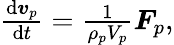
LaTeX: \begin{array}{r}{\frac{\mathrm{d}\boldsymbol{v}_{p}}{\mathrm{d}t}=\frac{1}{\rho_{p}V_{p}}\boldsymbol{F}_{p},}\end{array}